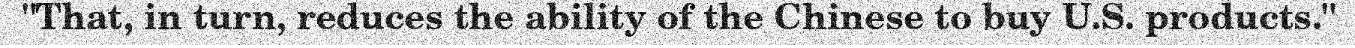
"That, in turn, reduces the ability of the Chinese to buy U.S. products."